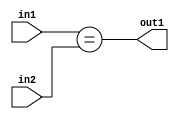
`timescale 1ps / 1ps
/*****************************************************************************
    Verilog RTL Description
    
    
    Created by: Stratus DpOpt 21.05.01 
*******************************************************************************/

module dut_Equal_6Ux1U_1U_1 (
	in2,
	in1,
	out1
	); /* architecture "behavioural" */ 
input [5:0] in2;
input  in1;
output  out1;
wire  asc001;

assign asc001 = (in1==in2);

assign out1 = asc001;
endmodule

/* CADENCE  urj1SAk= : u9/ySxbfrwZIxEzHVQQV8Q== ** DO NOT EDIT THIS LINE ******/